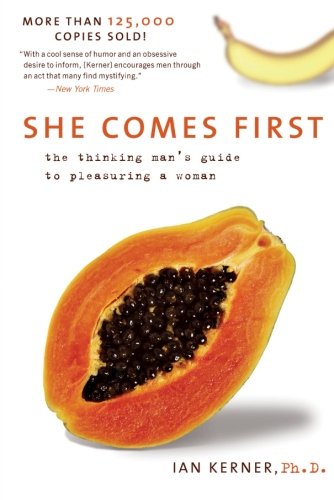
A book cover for She Comes First: The Thinking Man's Guide to Pleasuring a Woman (Kerner); Ian Kerner; Self-Help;